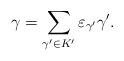
LaTeX: \begin{align*}\gamma = \sum_{\gamma'\in K'}\varepsilon_{\gamma'}\gamma'.\end{align*}